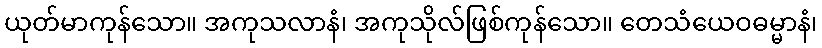
ယုတ်မာကုန်သော။ အကုသလာနံ၊ အကုသိုလ်ဖြစ်ကုန်သော။ တေသံယေဝဓမ္မာနံ၊